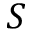
S